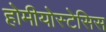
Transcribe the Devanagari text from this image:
होमीयोस्टेसिस